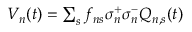
\begin{array} { r } { V _ { n } ( t ) = \sum _ { s } f _ { n s } \sigma _ { n } ^ { + } \sigma _ { n } ^ { - } Q _ { n , s } ( t ) } \end{array}